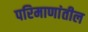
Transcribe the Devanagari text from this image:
परिमाणांतील